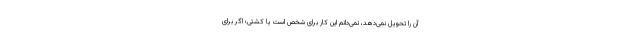
آن را تحویل نمی‌دهد، نمی‌دانم این کار برای شخص است یا کشتی؛ اگر برای